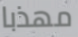
مهذبا